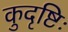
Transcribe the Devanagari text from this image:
कुदृष्टिः